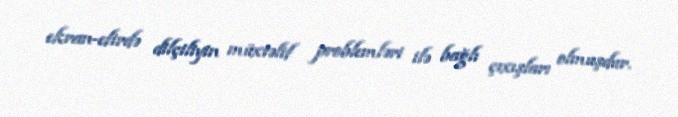
ekran-efirdə dilçiliyin müxtəlif problemləri ilə bağlı çıxışları olmuşdur.